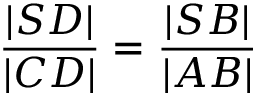
\, { \frac { | S D | } { | C D | } } = { \frac { | S B | } { | A B | } }